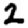
Digit: 2